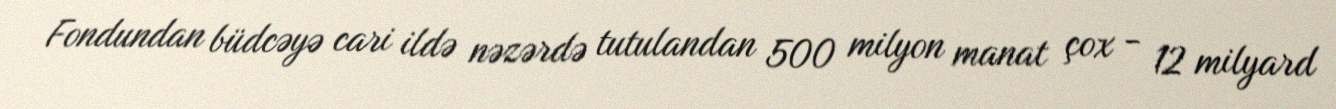
Fondundan büdcəyə cari ildə nəzərdə tutulandan 500 milyon manat çox - 12 milyard